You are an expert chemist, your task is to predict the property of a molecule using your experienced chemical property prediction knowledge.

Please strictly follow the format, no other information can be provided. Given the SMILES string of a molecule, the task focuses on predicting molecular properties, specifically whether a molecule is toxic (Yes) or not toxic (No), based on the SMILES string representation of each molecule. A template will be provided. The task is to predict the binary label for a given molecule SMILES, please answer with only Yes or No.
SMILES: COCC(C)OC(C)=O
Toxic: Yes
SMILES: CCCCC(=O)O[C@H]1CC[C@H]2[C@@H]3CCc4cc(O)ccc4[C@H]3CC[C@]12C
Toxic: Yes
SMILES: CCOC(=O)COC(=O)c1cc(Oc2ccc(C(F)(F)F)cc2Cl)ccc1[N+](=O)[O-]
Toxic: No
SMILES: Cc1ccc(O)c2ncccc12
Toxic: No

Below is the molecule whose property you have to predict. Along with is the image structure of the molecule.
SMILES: Clc1cc(Cl)c(Cl)cc1Cl
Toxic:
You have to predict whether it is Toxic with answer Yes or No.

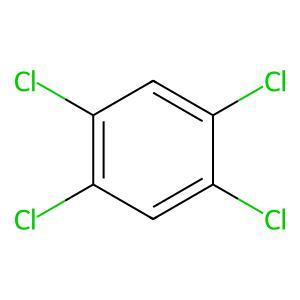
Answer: No